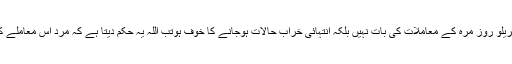
سب سے پہلے تو یہ یہ عام چھوٹے موٹے گھریلو روز مرہ کے معاملات کی بات نہیں بلکہ انتہائی خراب حالات ہوجانے کا خوف ہوتب اللہ یہ حکم دیتا ہے کہ مرد اس معاملے کو کیسے ہینڈل کرے اور اسکی ترتیب کیا ہو ۔